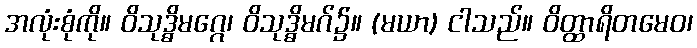
အလုံးစုံကို။ ဝိသုဒ္ဓိမဂ္ဂေ၊ ဝိသုဒ္ဓိမဂ်၌။ (မယာ) ငါသည်။ ဝိတ္ထာရိတမေဝ၊